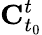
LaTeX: \mathbf{C}_{t_{0}}^{t}